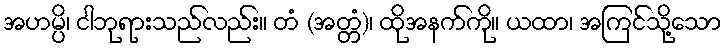
အဟမ္ပိ၊ ငါဘုရားသည်လည်း။ တံ (အတ္တံ)၊ ထိုအနက်ကို။ ယထာ၊ အကြင်သို့သော